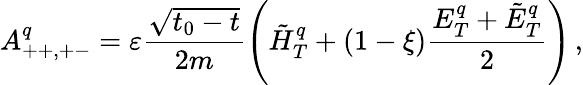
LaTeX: A_{++,+-}^{q}=\varepsilon\frac{\sqrt{t_{0}-t}}{2m}\left(\tilde{H}_{T}^{q}+(1-\xi)\frac{E_{T}^{q}+\tilde{E}_{T}^{q}}{2}\right)\, ,